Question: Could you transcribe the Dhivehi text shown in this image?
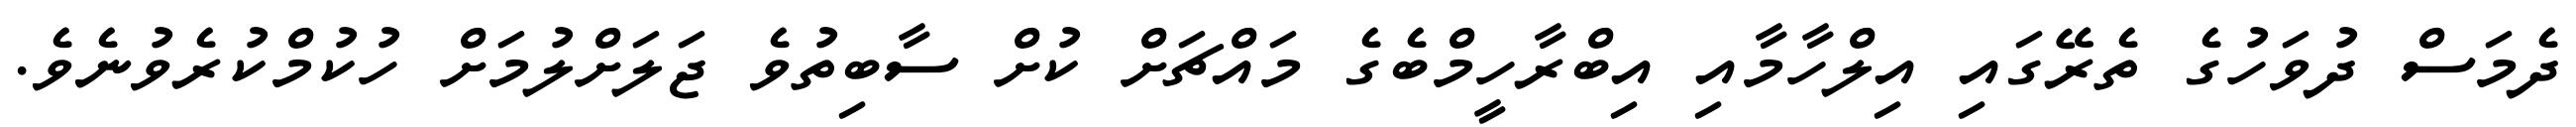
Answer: ދެމަސް ދުވަހުގެ ތެރޭގައި އިލްހާމާއި އިބްރާހީމްބެގެ މައްޗަށް ކުށް ސާބިތުވެ ޖަލަށްލުމަށް ހުކުމްކުރެވުނެވެ.